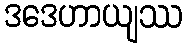
ဒဒေဟာယျဿ